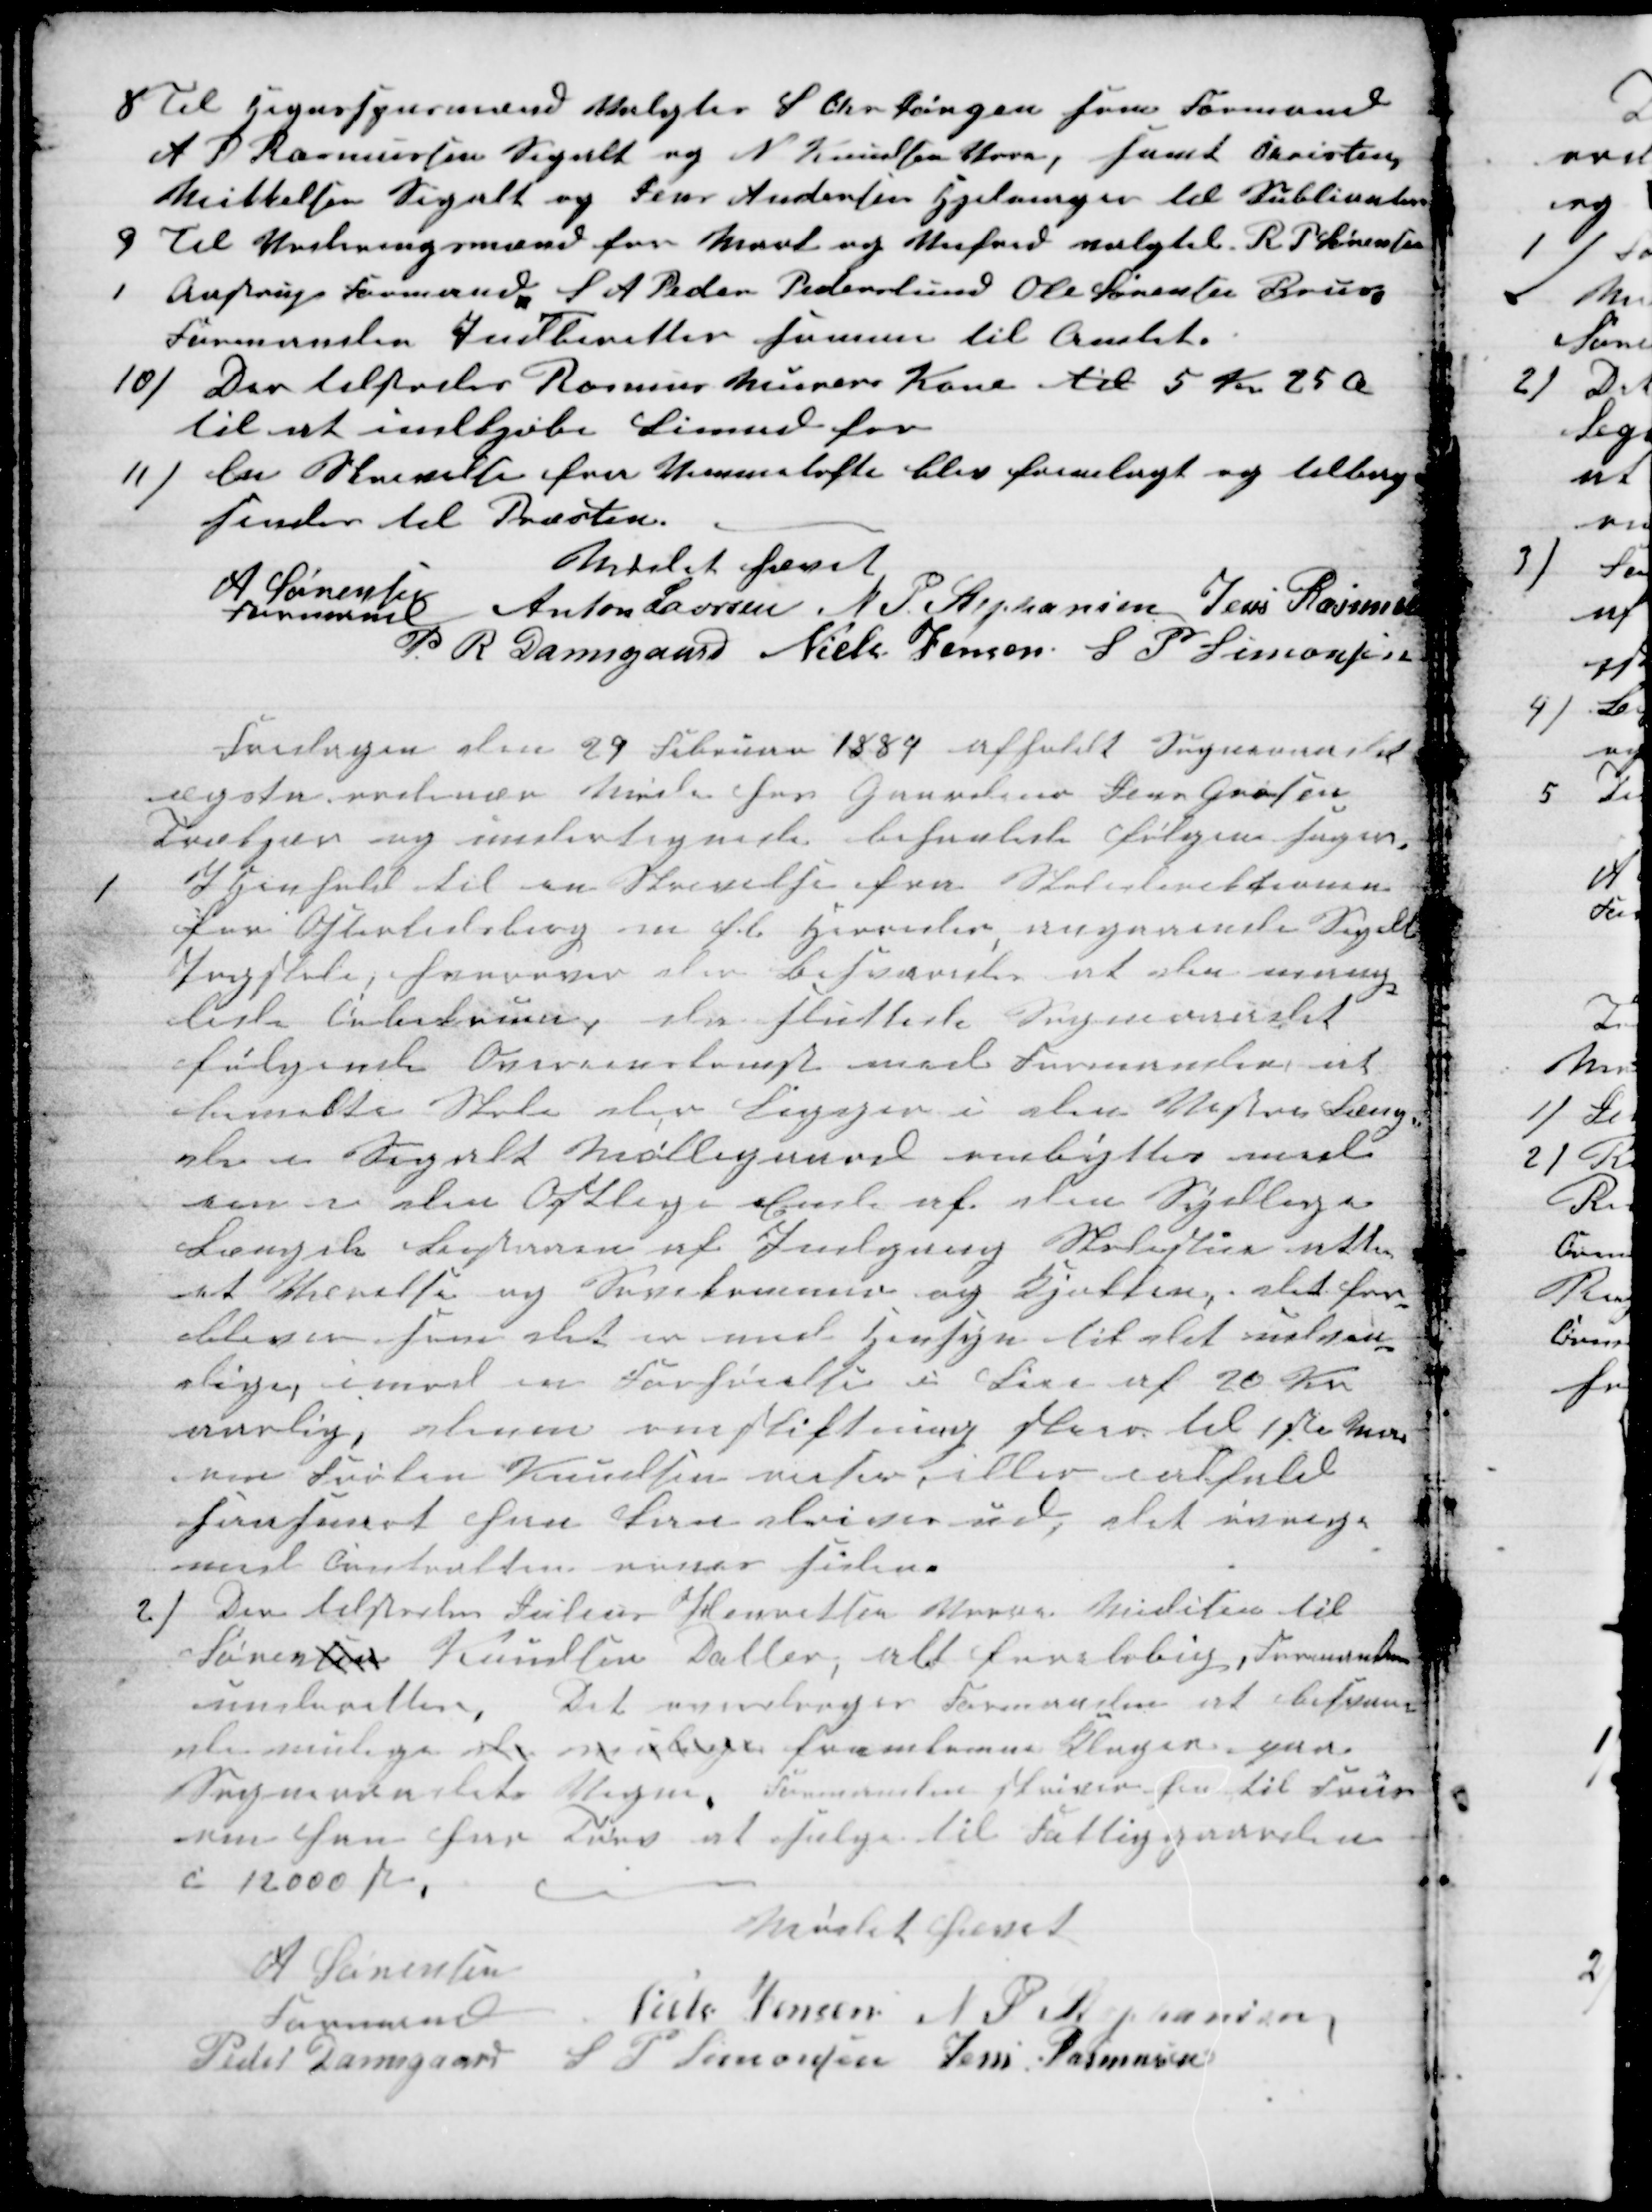
Transskription:
8 til Hegnsynsmand valgtes S. Chr. Jørgen som Formand
A P Rasmussen Segalt og N. Knudsen Vorre, samt Christen
Mikkelsen Segalt og Jens Andersen Hjelmager til Sublianter
9 til Vurderingsmænd for Mark og Veifred valgtes R. P. Sørensen
Aastrup Formand,, S A Peder Pederslund Ole Sørensen Brus.
Formansen Indberetter samme til Amtet.
10)
Der tilstodes Rasmus Murers Kone til 5 Kr. 25 Ø
til at indkjøbe Linned for
11) En Skrivelse fra Vemmetofte blev fremlagt og tilbage
sendes til Præsten.
Mødet hævet
A Sørensen
Formand
Anton Laursen N. P. Stephansen Jens Rasmusen
P R. Damsgaard Niels Jensen S. P. Simonsen
Torsdagen den 29 Februar 1884 afholdt Sogneraadet
exsta ordinær Møde hos Gaardeier Jens Grosen
Trækjær og undertegnede behanlede følgende Sager.
1
I Henhold til en Skrivelse fra Skoledirektionen
for Østerlidsberg m fl Herreder, angaaende Segalt
Pogeskole, hvorover der Besværedes at den mang-
lede Arbeidrum, der sluttede Sogneraadet
følgende Overenskomst med Formanden at
bemeldte Skole der ligger i den Vestre Læng-
de i Segalt Møllegaard ombyttes med
een i den Østlige Ende af den Sydlige
Længde Bestaaen af Indgang Skolestue atter
et Værelse og Sovekammer og Kjøkken, det for-
bleven som det er med Hensyn til det udven-
dige, imod en Forhøielse i Løn af 20 Kr
aarlig, denne omskiftning sker til 1ste Mars
naar Frøken Knudsen reiser eller ialfald
saasnart hun kan skrives ud, det øvrige
med Contrakten vises siden.
2) Der tilstodes Julius Henriksen Vorre Midisin til
Sørensen Knudsens Datter, alt foreløbig, Formanden
underretter, Det overdroges Formanden et besørge
de mulige de mulige fremkomne Klager paa
Sogneraadets Vegne, Formanden skriver hen til Frøs-
nen han har Tørv at sælge til Fattiggaarden
c 12000 Stk.
Mødet hævet
A Sørensen
Formand
Niels Jensen N P Stephansen
Peder Damsgaard
S. P. Simonsen Jens Rasmusen